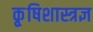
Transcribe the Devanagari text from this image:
कृ्षिशास्त्रज्ञ